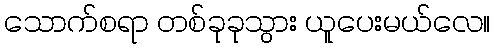
သောက်စရာ တစ်ခုခုသွား ယူပေးမယ်လေ။